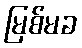
မြစ်မခ